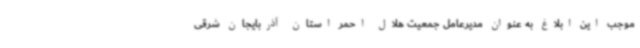
موجب این ابلاغ به عنوان مدیرعامل جمعیت هلال احمر استان آذربایجان شرقی